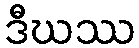
ဒီဃဿ